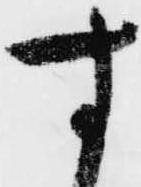
す